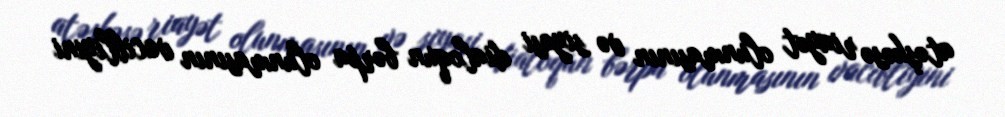
atəşkəsə riayət olunmasının və siyasi dialoqun bərpa olunmasının vacibliyini